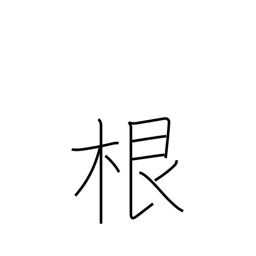
Meaning: root